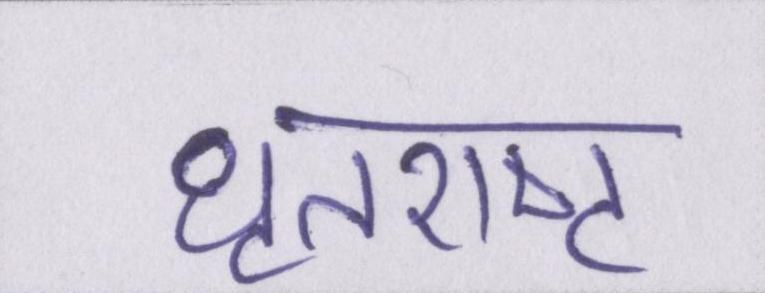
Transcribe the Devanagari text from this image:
धृतराष्ट